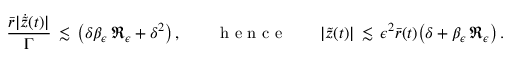
\frac { \bar { r } | \dot { \tilde { z } } ( t ) | } { \Gamma } \, \lesssim \, \bigl ( \delta \beta _ { \epsilon } \, \mathfrak { R } _ { \epsilon } + \delta ^ { 2 } \bigr ) \, , \qquad \mathrm { ~ h ~ e ~ n ~ c ~ e ~ } \qquad | \tilde { z } ( t ) | \, \lesssim \, \epsilon ^ { 2 } \bar { r } ( t ) \bigl ( \delta + \beta _ { \epsilon } \, \mathfrak { R } _ { \epsilon } \bigr ) \, .